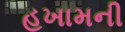
હખામની